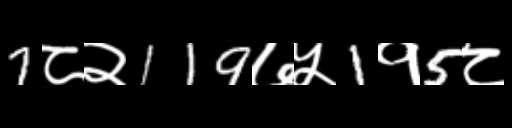
Text: 7८२119७५1१5८